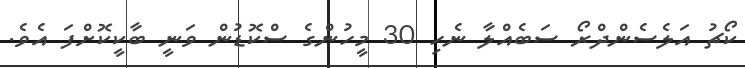
ކޯޗު އަލެސެންދްރޯ ސަބެއްލާ ނެހި 30 މީހުންގެ ސްކޮޑުން ވަނީ ބާކީކޮށްފަ އެވެ.